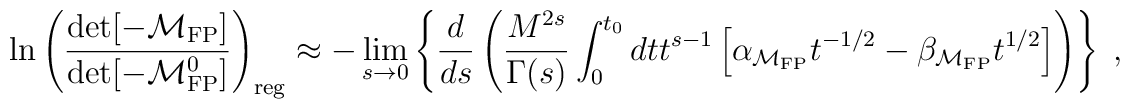
\ln\left({\det[-{\cal M}_{\rm FP}]\over \det[-{\cal M}^0_{\rm FP}]}\right)_{\rm reg} \approx-\lim_{s\to0}\left\{{d\over ds}\left({M^{2s}\over\Gamma(s)}\int_0^{t_0} dt t^{s-1}\left[\alpha_{{\cal M}_{\rm FP}} t^{-1/2}-\beta_{{\cal M}_{\rm FP}} t^{1/2}\right]\right)\right\}\;,